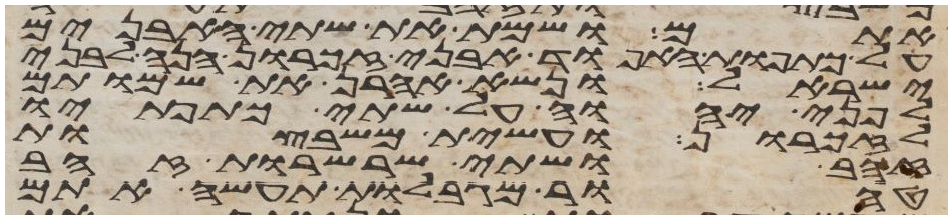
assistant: אתם ושמת את שתי האבנים
על כתפות האפוד אבני זכרון הנה לבני
ישראל ונשא אהרן את שמותם
לפני יהוה על שתי כתפתיו
לזכרון ועשית משבצות
זהב ושתי שרשרות זהב
טהור מגבלות תעשה אתם